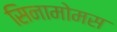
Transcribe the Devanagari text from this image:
सिनामोमस